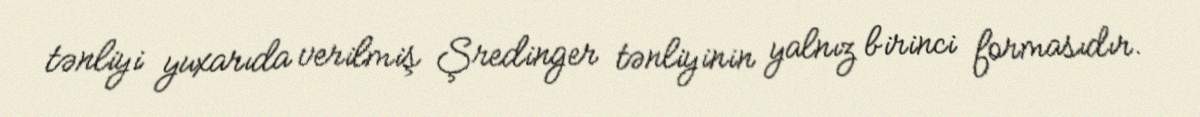
tənliyi yuxarıda verilmiş Şredinger tənliyinin yalnız birinci formasıdır.